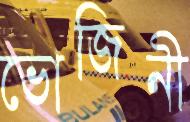
ভোজিনী